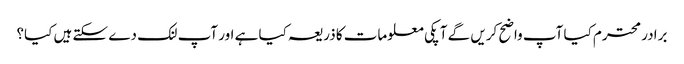
برادر محترم کیا آپ واضح کریں گے آ پکی معلومات کا ذریعہ کیا ہے اور آپ لنک دے سکتے ہیں کیا؟